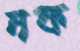
নফ